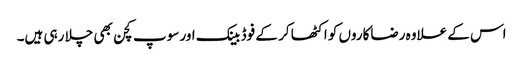
اس کے علاوہ رضاکاروں کو اکٹھا کر کے فوڈ بینک اور سوپ کچن بھی چلا رہی ہیں۔